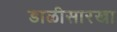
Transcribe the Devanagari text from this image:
डाळीसारखा